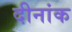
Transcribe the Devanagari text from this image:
दीनांक